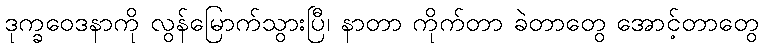
ဒုက္ခဝေဒနာကို လွန်မြောက်သွားပြီ၊ နာတာ ကိုက်တာ ခဲတာတွေ အောင့်တာတွေ